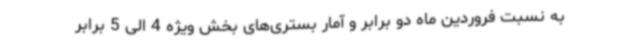
به نسبت فروردین ماه دو برابر و آمار بستری‌های بخش ویژه 4 الی 5 برابر